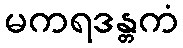
မကရဒန္တကံ